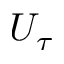
U _ { \tau }